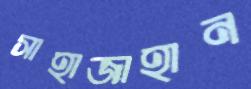
সাহাজাহান